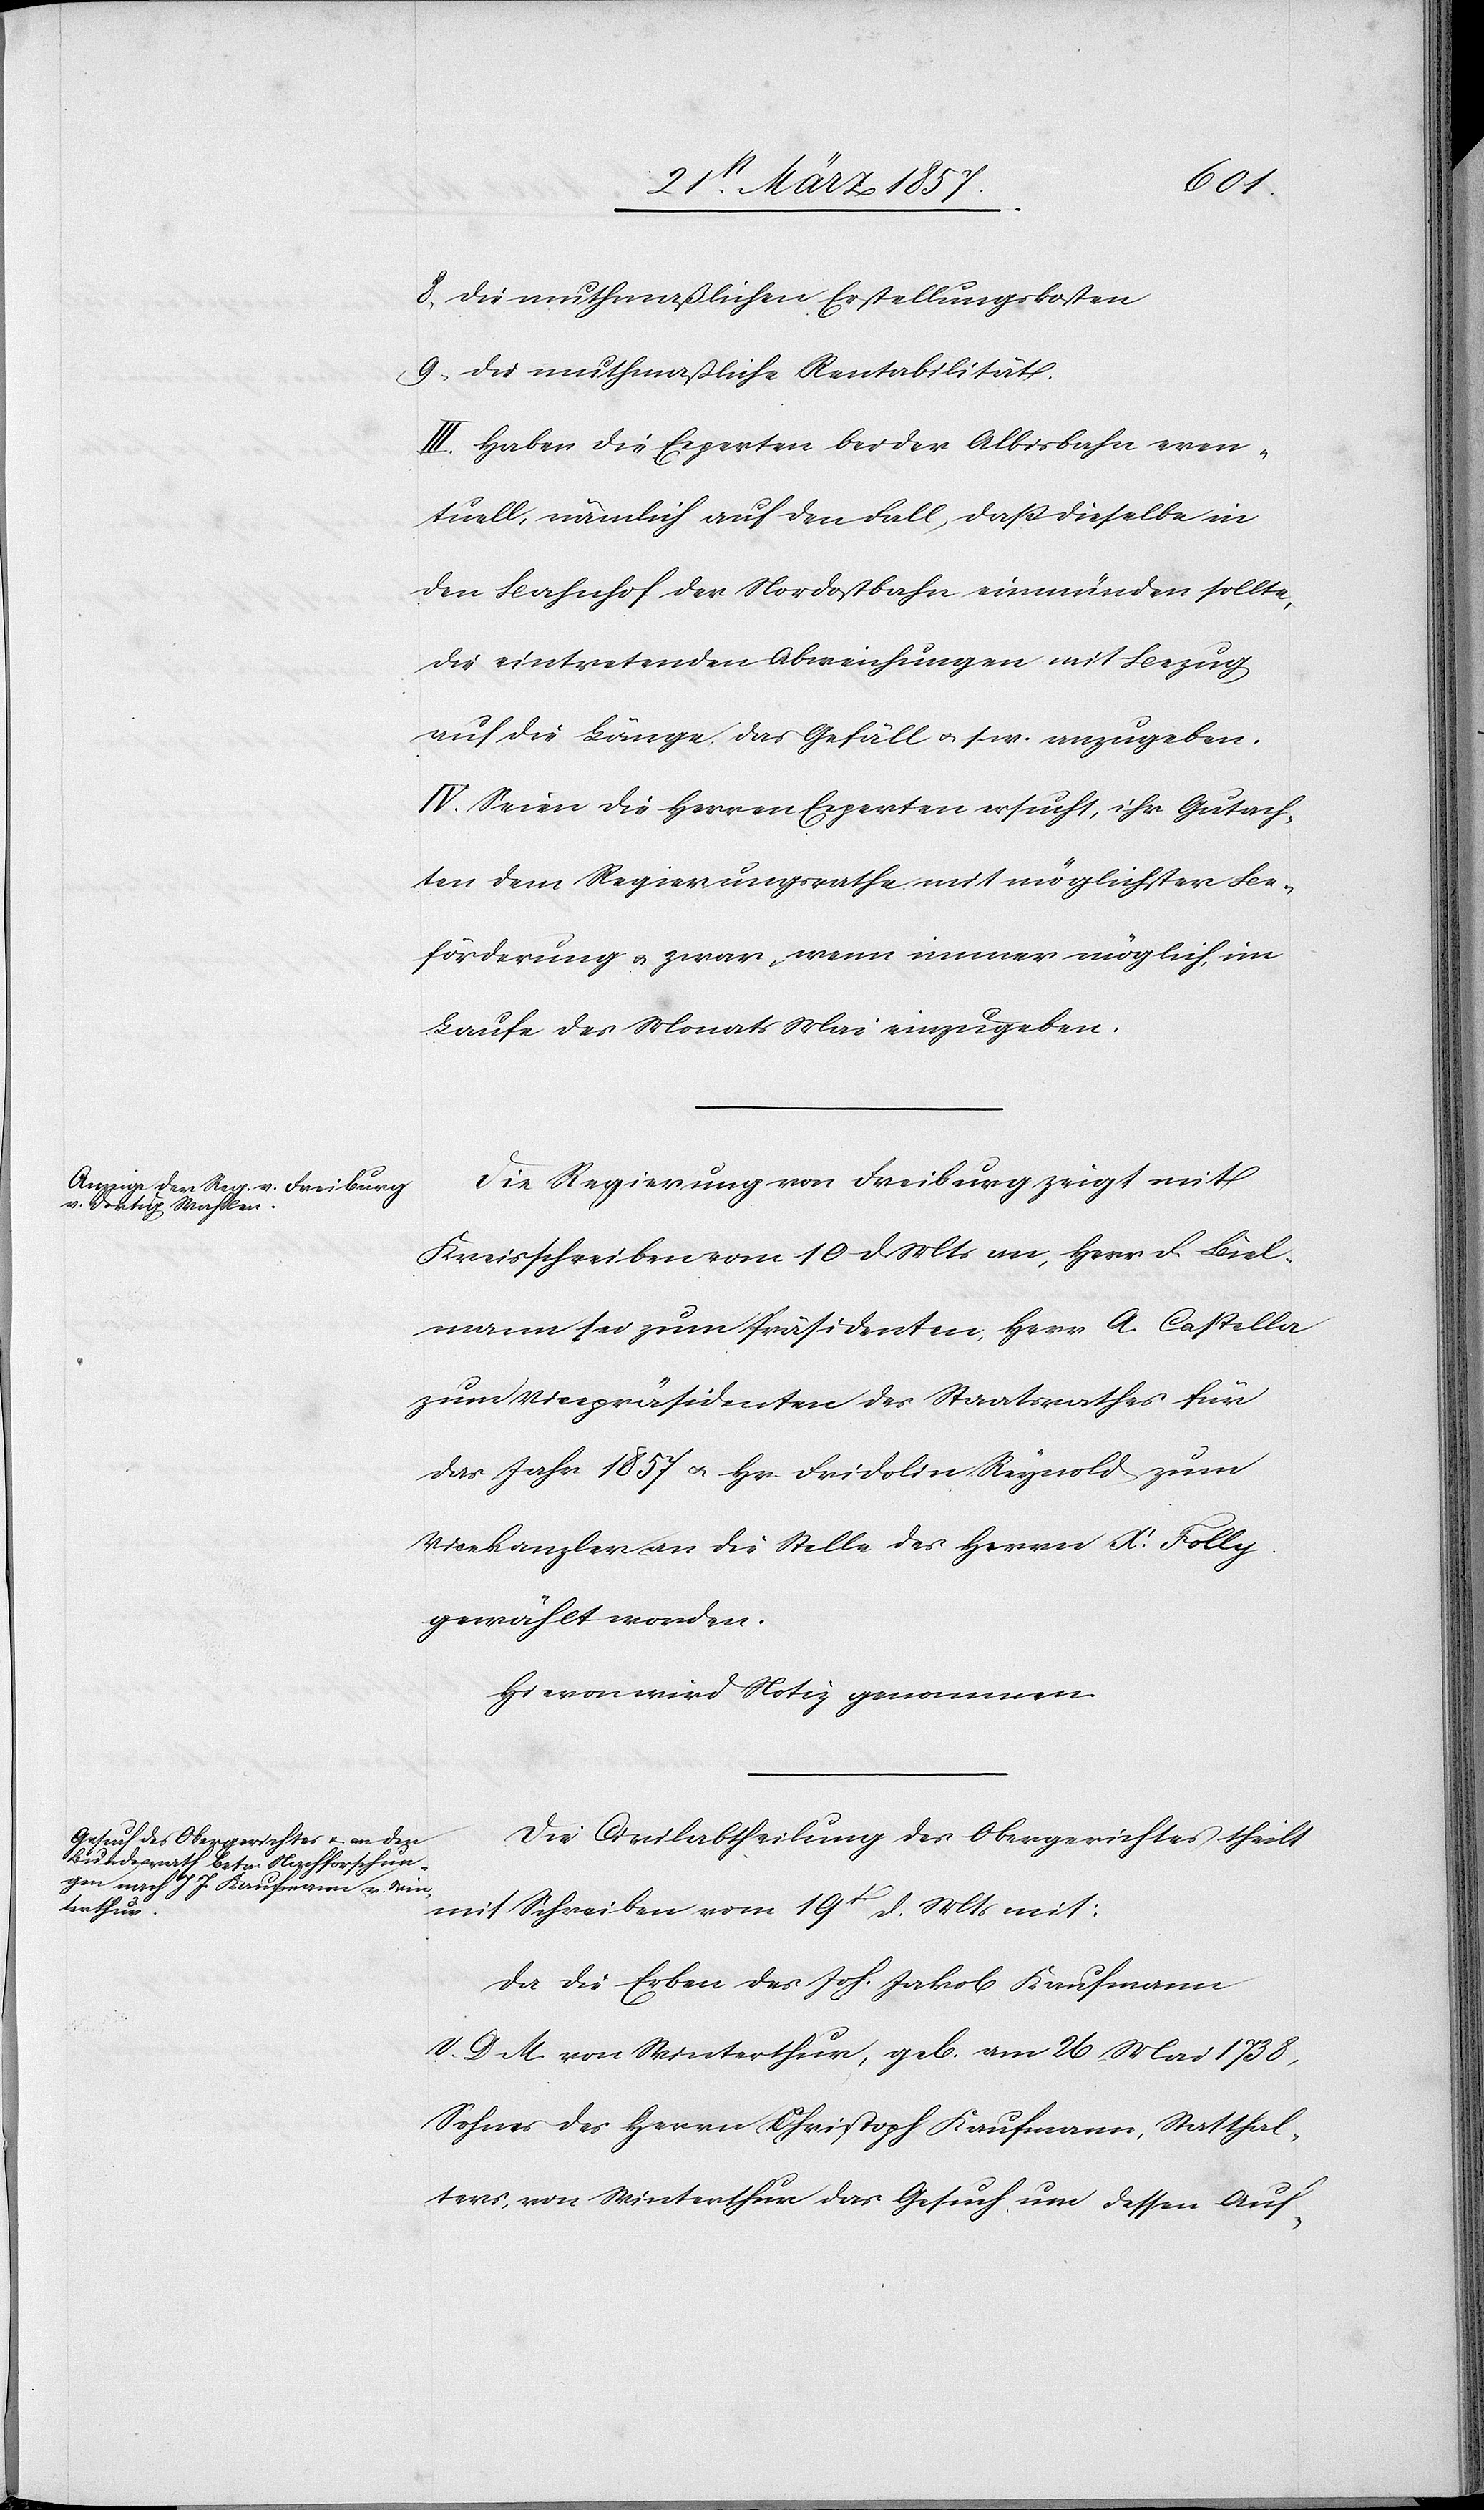
8. die muthmaßlichen Erstellungskosten
9. die muthmaßliche Rentabilität
III. Haben die Experten bei der Albisbahn even¬
tuell, nämlich auf den Fall, daß dieselbe in
den Bahnhof der Nordostbahn einmünden sollte,
die eintretenden Abweichungen mit Bezug
auf die Länge, das Gefäll u. s. w. anzugeben.
IV. Seien die Herren Experten ersucht, ihr Gutach¬
ten dem Regierungsrathe mit möglichster Be¬
förderung u. zwar, wenn immer möglich, im
Laufe des Monats Mai einzugeben.
Die Regierung von Freiburg zeigt mit
Kreisschreiben vom 10 d Mts an, Herr F. Bül¬
mann sei zum Präsidenten, Herr A. Castella
zum Vicepräsidenten des Staatsrathes für
das Jahr 1857 u. Hr. Fridolin Rynold zum
Vicekanzler an die Stelle des Herrn X. Folly
gewählt worden.
Hievon wird Notiz genommen.
Die Civilabtheilung des Obergerichts theilt
mit Schreiben vom 19t d. Mts mit:
Da die Erben des Joh. Jakob Kaufmann
V. D. M. von Winterthur, geb. am 26 Mai 1738,
Sohnes des Herrn Christoph Kaufmann, Statthal¬
ters, von Winterthur das Gesuch, um dessen Auf-